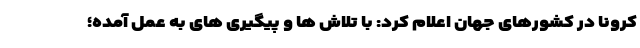
کرونا در کشورهای جهان اعلام کرد: با تلاش ها و پیگیری های به عمل آمده؛